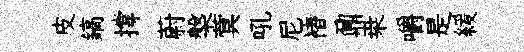
皮鎬撐蔚槃蓂吼尼褚鼐桒嚼是緩